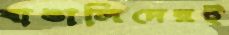
বাঙালিদেরই